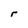
Character: r